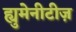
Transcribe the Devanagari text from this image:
ह्युमेनीटीज़